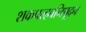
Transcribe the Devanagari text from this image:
शकपल्हवनिषूदन